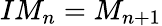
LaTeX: IM_{n}=M_{n+1}